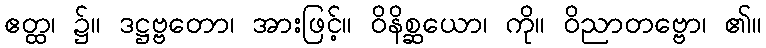
ဧတ္ထ၊ ၌။ ဒဋ္ဌဗ္ဗတော၊ အားဖြင့်။ ဝိနိစ္ဆယော၊ ကို။ ဝိညာတဗ္ဗော၊ ၏။